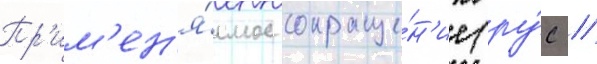
Пр'им'ен'я́емое сокраще́н'ие (ру́с //